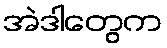
အဲဒါတွေက